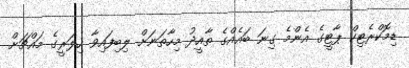
ޑިމޮކްރެޓިކް ޕާޓީގެ އެންމެ ގިނަ ބައެއްގެ ތާއީދު މިހާތަނަށް ލިބިފައިވާ ހިލަރީގެ މައްޗަށް